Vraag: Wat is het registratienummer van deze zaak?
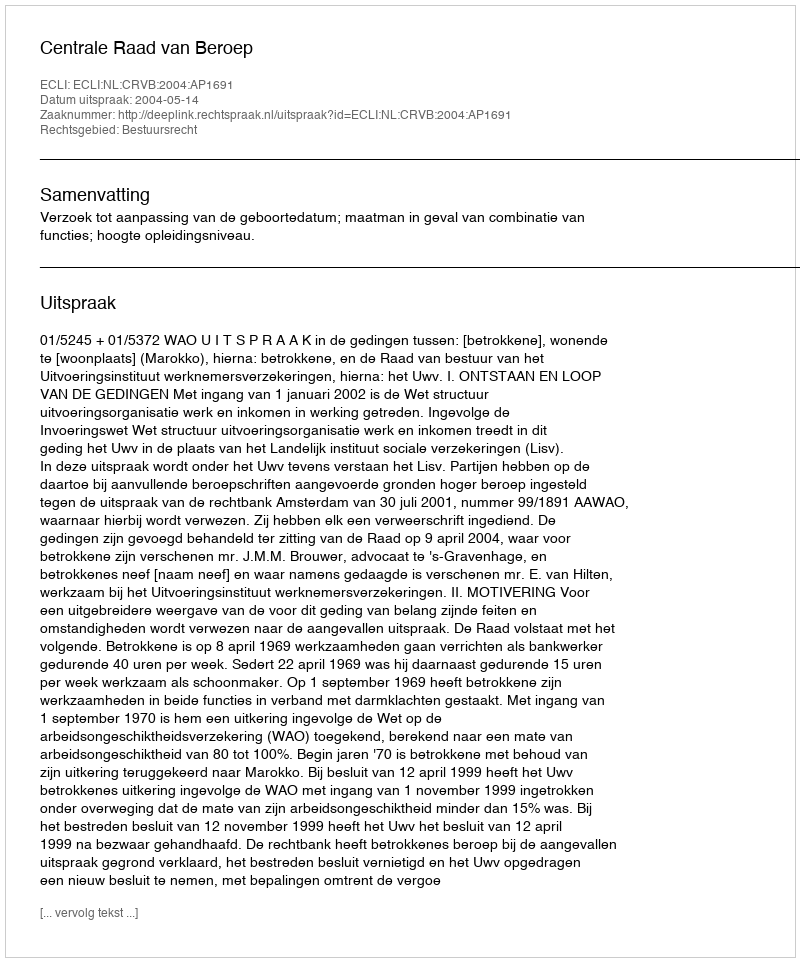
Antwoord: http://deeplink.rechtspraak.nl/uitspraak?id=ECLI:NL:CRVB:2004:AP1691